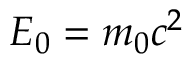
E _ { 0 } = m _ { 0 } c ^ { 2 }